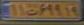
۱۱ت۶۹۹۱۹